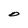
Character: O